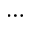
\cdots